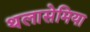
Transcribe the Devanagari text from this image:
थलासेमिया